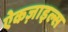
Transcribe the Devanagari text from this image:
ऐकज़ाइल्स